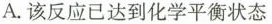
A.该反应已达到化学平衡状态